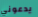
يدعوني